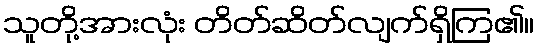
သူတို့အားလုံး တိတ်ဆိတ်လျက်ရှိကြ၏။